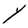
Character: Y